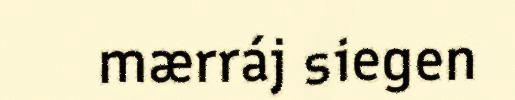
mærráj siegen